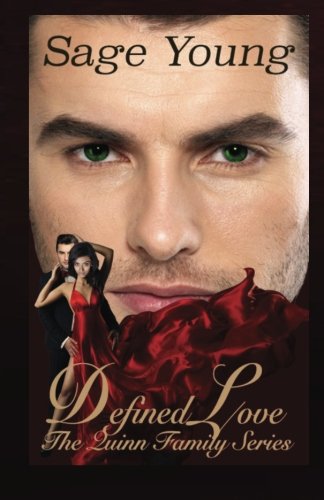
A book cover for DEFINED LOVE: Sequel to Delusional Love: An Interracial Love Triangle: When the lines between love and perseverance are crossed the thought of true love is defined.; Sage Young; Romance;